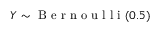
Y \sim { \textrm { B e r n o u l l i } } ( 0 . 5 )